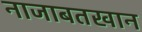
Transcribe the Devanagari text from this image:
नाजाबतखान